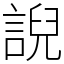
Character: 誽